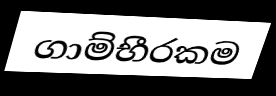
ගාම්භීරකම